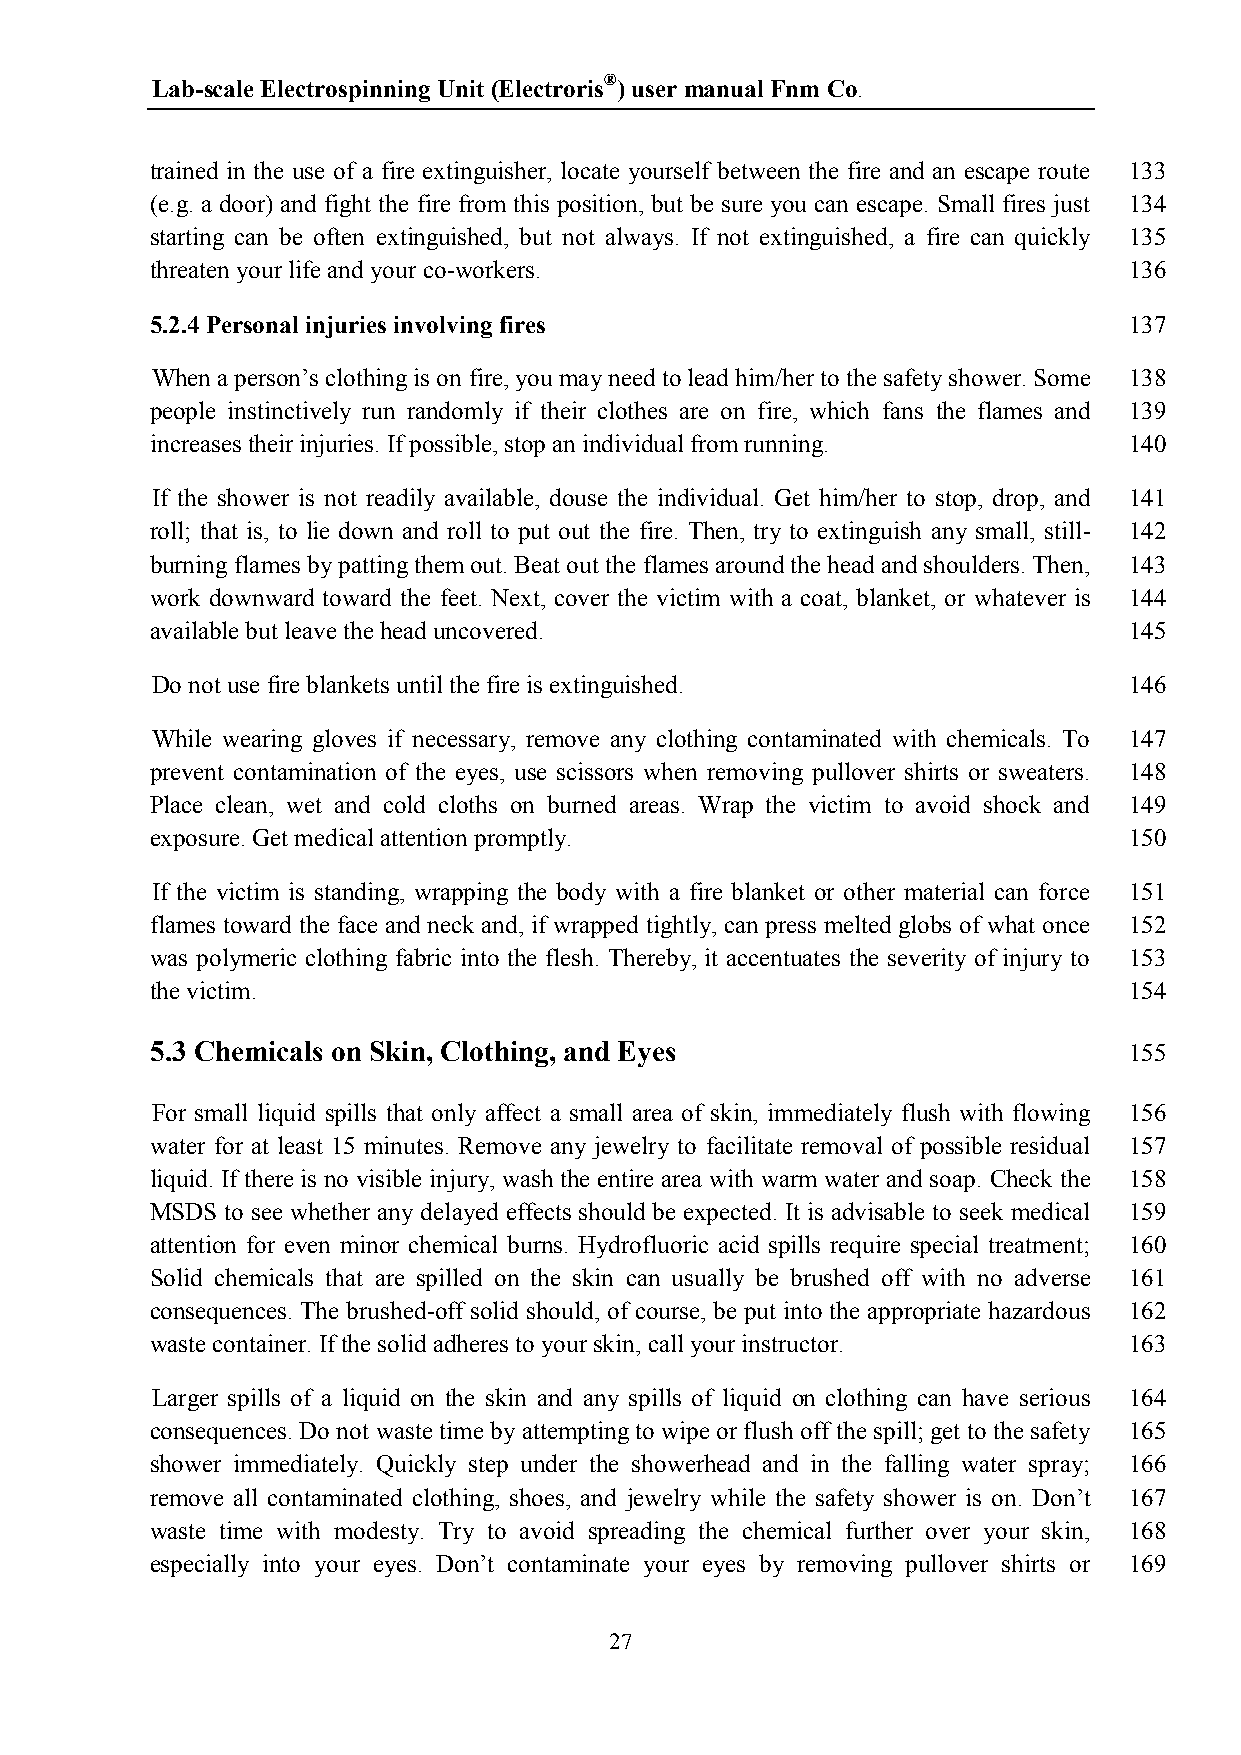
Lab-scale Electrospinning Unit (Electroris®) user manual Fnm Co.
 trained in the use of a fire extinguisher, locate yourself between the fire and an escape route 133
 (e.g. a door) and fight the fire from this position, but be sure you can escape. Small fires just 134
 starting can be often extinguished, but not always. If not extinguished, a fire can quickly 135
 threaten your life and your co-workers.                          136
 5.2.4 Personal injuries involving fires                          137
 When a person’s clothing is on fire, you may need to lead him/her to the safety shower. Some 138
 people instinctively run randomly if their clothes are on fire, which fans the flames and 139
 increases their injuries. If possible, stop an individual from running. 140
 If the shower is not readily available, douse the individual. Get him/her to stop, drop, and 141
 roll; that is, to lie down and roll to put out the fire. Then, try to extinguish any small, still- 142
 burning flames by patting them out. Beat out the flames around the head and shoulders. Then, 143
 work downward toward the feet. Next, cover the victim with a coat, blanket, or whatever is 144
 available but leave the head uncovered.                          145
 Do not use fire blankets until the fire is extinguished.         146
 While wearing gloves if necessary, remove any clothing contaminated with chemicals. To 147
 prevent contamination of the eyes, use scissors when removing pullover shirts or sweaters. 148
 Place clean, wet and cold cloths on burned areas. Wrap the victim to avoid shock and 149
 exposure. Get medical attention promptly.                        150
 If the victim is standing, wrapping the body with a fire blanket or other material can force 151
 flames toward the face and neck and, if wrapped tightly, can press melted globs of what once 152
 was polymeric clothing fabric into the flesh. Thereby, it accentuates the severity of injury to 153
 the victim.                                                      154
 5.3 Chemicals on Skin, Clothing, and Eyes                        155
 For small liquid spills that only affect a small area of skin, immediately flush with flowing 156
 water for at least 15 minutes. Remove any jewelry to facilitate removal of possible residual 157
 liquid. If there is no visible injury, wash the entire area with warm water and soap. Check the 158
 MSDS to see whether any delayed effects should be expected. It is advisable to seek medical 159
 attention for even minor chemical burns. Hydrofluoric acid spills require special treatment; 160
 Solid chemicals that are spilled on the skin can usually be brushed off with no adverse 161
 consequences. The brushed-off solid should, of course, be put into the appropriate hazardous 162
 waste container. If the solid adheres to your skin, call your instructor. 163
 Larger spills of a liquid on the skin and any spills of liquid on clothing can have serious 164
 consequences. Do not waste time by attempting to wipe or flush off the spill; get to the safety 165
 shower immediately. Quickly step under the showerhead and in the falling water spray; 166
 remove all contaminated clothing, shoes, and jewelry while the safety shower is on. Don’t 167
 waste time with modesty. Try to avoid spreading the chemical further over your skin, 168
 especially into your eyes. Don’t contaminate your eyes by removing pullover shirts or 169
 27